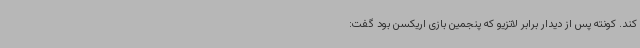
کند. کونته پس از دیدار برابر لاتزیو که پنجمین بازی اریکسن بود گفت: